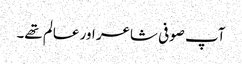
آپ صوفی شاعر اور عالم تھے۔